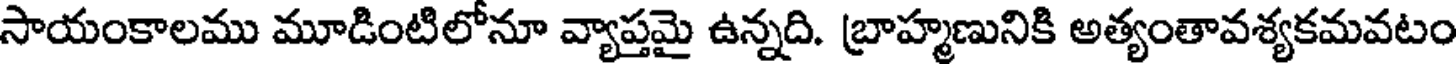
సాయంకాలము మూడింటిలోనూ వ్యాప్తమై ఉన్నది. బ్రాహ్మణునికి అత్యంతావశ్యకమవటం